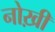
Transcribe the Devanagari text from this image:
नोख़ी